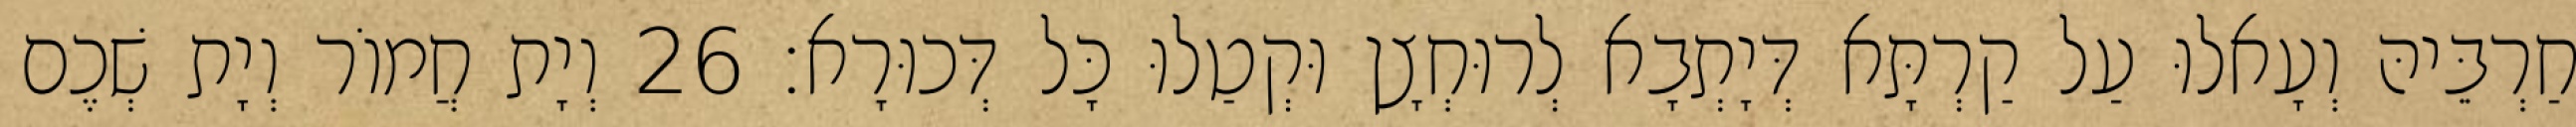
חַרְבֵּיהּ וְעָאלוּ עַל קַרְתָּא דְּיָתְבָא לְרוּחְצָן וּקְטַלוּ כָּל דְּכוּרָא׃ 26 וְיָת חֲמוֹר וְיָת שְׁכֶם